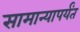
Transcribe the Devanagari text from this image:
सामान्यापर्यंत